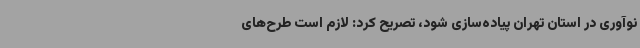
نوآوری در استان تهران پیاده‌سازی شود، تصریح کرد: لازم است طرح‌های